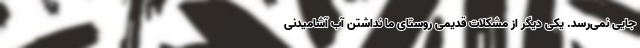
جایی نمی‌رسد. یکی دیگر از مشکلات قدیمی روستای ما نداشتن آب آشامیدنی